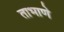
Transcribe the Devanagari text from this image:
ताभाणे